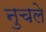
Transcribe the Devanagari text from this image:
नुचले